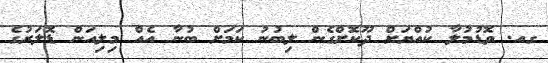
ގއ. ވޮޑުމުލާ ކުއްޔަށް ދޫކޮށްގެން ލިބުނު ކަމަށް ބުނާ އެއް މިލިއަން ޑޮލަރުގެ